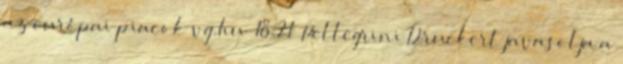
az európai piacok vg.hu 18:21 Pellegrini Druckert javasolja a